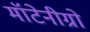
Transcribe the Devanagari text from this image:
मॉटेनीग्रो